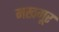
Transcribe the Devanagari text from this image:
मखमूर